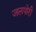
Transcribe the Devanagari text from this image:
जलपोरी